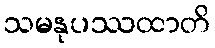
သမနုပဿထာတိ